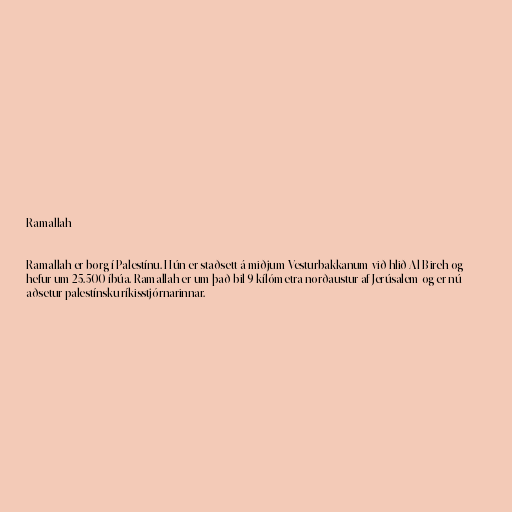
Ramallah

Ramallah er borg í Palestínu. Hún er staðsett á miðjum Vesturbakkanum við hlið Al-Bireh og
hefur um 25.500 íbúa. Ramallah er um það bil 9 kílómetra norðaustur af Jerúsalem og er nú
aðsetur palestínsku ríkisstjórnarinnar.